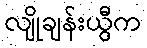
လျိုချန်းယွီက